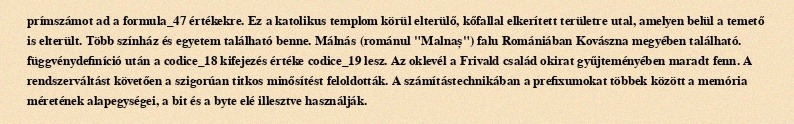
prímszámot ad a formula_47 értékekre. Ez a katolikus templom körül elterülő, kőfallal elkerített területre utal, amelyen belül a temető is elterült. Több színház és egyetem található benne. Málnás (románul "Malnaș") falu Romániában Kovászna megyében található. függvénydefiníció után a codice_18 kifejezés értéke codice_19 lesz. Az oklevél a Frivald család okirat gyűjteményében maradt fenn. A rendszerváltást követően a szigorúan titkos minősítést feloldották. A számítástechnikában a prefixumokat többek között a memória méretének alapegységei, a bit és a byte elé illesztve használják.